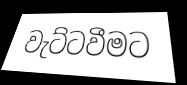
වැට්ටවීමට